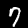
Digit: 7